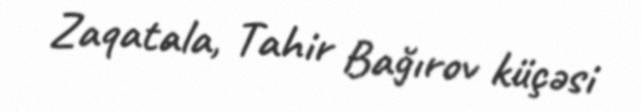
Zaqatala, Tahir Bağırov küçəsi